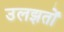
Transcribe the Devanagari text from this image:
उलझतों